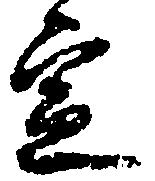
定